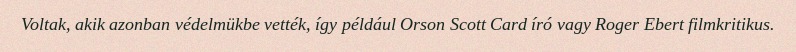
Voltak, akik azonban védelmükbe vették, így például Orson Scott Card író vagy Roger Ebert filmkritikus.